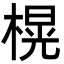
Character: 榥